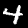
Label: 4